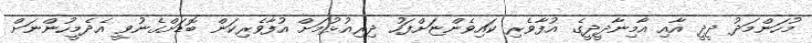
މުހަންމަދު ދީދީ އާއި އާމިނާދީދީގެ އުފާވެރި ކައިވެންޏަށްފަހު ދިރިއުޅުމަށް އުފާވެރިކަން ބޮޑަށްގެނުވީ އެދެމީހުންނަށް